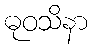
ဓုဝသိနာ